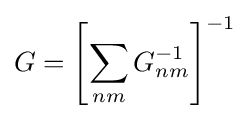
G=\left[\sum _{nm}G_{nm}^{-1}\right]^{-1}